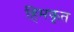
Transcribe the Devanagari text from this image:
हिमकृत